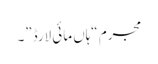
مجرم “ہاں مائی لارڈ”۔